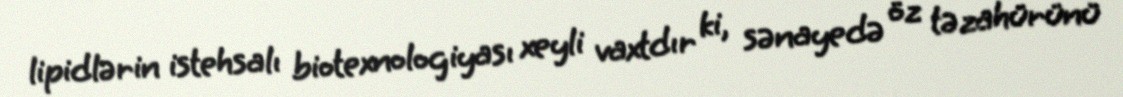
lipidlərin istehsalı biotexnologiyası xeyli vaxtdır ki, sənayedə öz təzahürünü